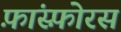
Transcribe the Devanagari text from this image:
फ़ांस्फ़ोरस